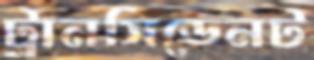
ট্রানসিডেনট